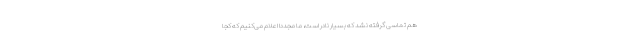
هم تماسی گرفته نشد که بسیار نادر است، ما مجددا اعلام می‌کنیم که کجا